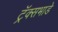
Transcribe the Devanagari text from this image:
ट्रॅक्सभाडे